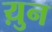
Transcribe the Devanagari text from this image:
य़ुन